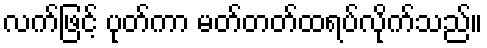
လက်ဖြင့် ပုတ်ကာ မတ်တတ်ထရပ်လိုက်သည်။